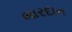
બારદાન